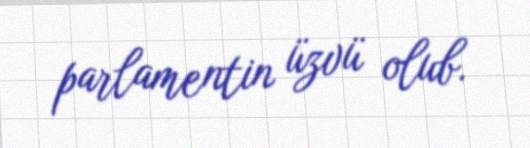
parlamentin üzvü olub.